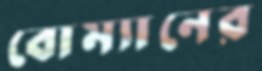
বোম্যানের